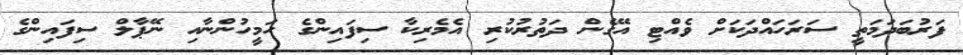
ފަރުބަދަމަތީ ސަރަހައްދަކަށް ވެއްޓި އޭގެން ދަތުރުކުރި އެމެރިކާ ސިފައިންގެ ހަމީހުންނާއި ނޭޕާލް ސިފައިންގެ